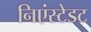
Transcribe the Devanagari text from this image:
निएंस्टेडट